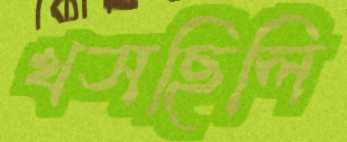
খসছিলি